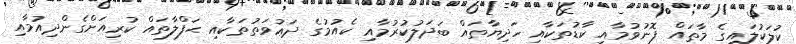
ކުލަކުލައިގެ މާތައް ފޮނުވުމާއި ކާޑުތަކާއި ހަދިޔާތައް ބަދަލުކުރުމާއި ކެއުމުގެ ދަޢުވަތުތަކާއި ޙަފްލާތައް ކުރިއަށްގެންދިއުމާއި